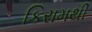
કિરામથી